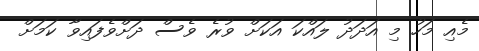
މެއި މަހު މި އަދަދު ލައްކަ އަކަށް ވުރެ ވެސް ދަށްވެފައިވާ ކަމަށް